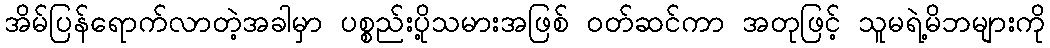
အိမ်ပြန်ရောက်လာတဲ့အခါမှာ ပစ္စည်းပို့သမားအဖြစ် ဝတ်ဆင်ကာ အတုဖြင့် သူမရဲ့မိဘများကို